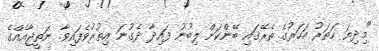
"މިދިޔަ ހަތަރު އަހަރުގެ ތެރޭގައި ބޭންކަށް ލިބުނު ފައިދާ ދެގުނަ އިތުރުވެފައިވާ. ނަތީޖާއެއްގެ